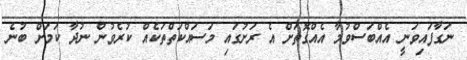
ނަގާފައިވަނީ އެއްބަސްވުމާ އެއްގޮތަށް އެ ރަށުގައި މަސައްކަތްތަކެއް ކުރެވުން ނުދާ ކަމަށް ބުނެ